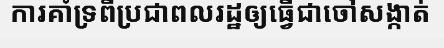
ការគាំទ្រពីប្រជាពលរដ្ឋឲ្យធ្វើជាចៅសង្កាត់